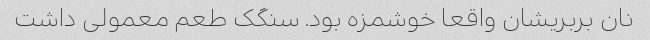
نان بربریشان واقعا خوشمزه بود. سنگک طعم معمولی داشت